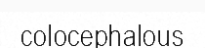
colocephalous